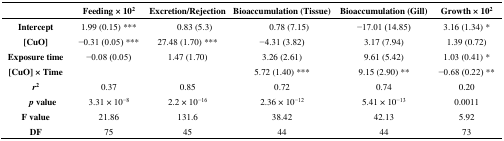
<table><thead><tr><td></td><td><b>Feeding × 10<sup>2</sup></b></td><td><b>Excretion/Rejection</b></td><td><b>Bioaccumulation (Tissue)</b></td><td><b>Bioaccumulation (Gill)</b></td><td><b>Growth × 10<sup>2</sup></b></td></tr></thead><tbody><tr><td><b>Intercept</b></td><td>1.99 (0.15) ***</td><td>0.83 (5.3)</td><td>0.78 (7.15)</td><td>−17.01 (14.85)</td><td>3.16 (1.34) *</td></tr><tr><td><b>[CuO]</b></td><td>−0.31 (0.05) ***</td><td>27.48 (1.70) ***</td><td>−4.31 (3.82)</td><td>3.17 (7.94)</td><td>1.39 (0.72)</td></tr><tr><td><b>Exposure time</b></td><td>−0.08 (0.05)</td><td>1.47 (1.70)</td><td>3.26 (2.61)</td><td>9.61 (5.42)</td><td>1.03 (0.41) *</td></tr><tr><td><b>[CuO] × Time</b></td><td></td><td></td><td>5.72 (1.40) ***</td><td>9.15 (2.90) **</td><td>−0.68 (0.22) **</td></tr><tr><td><b><i>r</i><sup>2</sup></b></td><td>0.37</td><td>0.85</td><td>0.72</td><td>0.74</td><td>0.20</td></tr><tr><td><b><i>p</i> value</b></td><td>3.31 × 10<sup>−8</sup></td><td>2.2 × 10<sup>−16</sup></td><td>2.36 × 10<sup>−12</sup></td><td>5.41 × 10<sup>−13</sup></td><td>0.0011</td></tr><tr><td><b>F value</b></td><td>21.86</td><td>131.6</td><td>38.42</td><td>42.13</td><td>5.92</td></tr><tr><td><b>DF</b></td><td>75</td><td>45</td><td>44</td><td>44</td><td>73</td></tr></tbody></table>